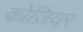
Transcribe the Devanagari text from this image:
कोज़ियर